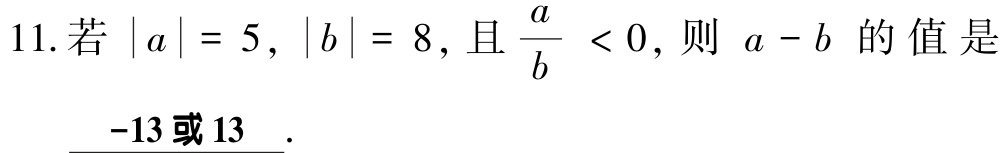
11.若\(\vert a\vert = 5\)，\(\vert b\vert = 8\)，且\(\frac{a}{b} < 0\)，则 \(a - b\) 的值是 \(\underline{-13或13}\)．